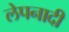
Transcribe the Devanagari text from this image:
लेपनादी